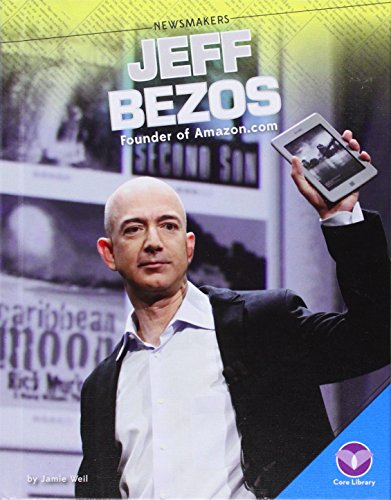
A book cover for Jeff Bezos:: Founder of Amazon.com (Newsmakers); Jamie Weil; Children's Books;